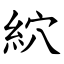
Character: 䋉